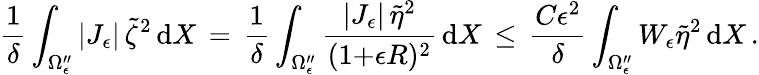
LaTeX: \frac{1}{\delta}\int_{\Omega_{\epsilon}^{\prime\prime}}|J_{\epsilon}|\, \tilde{\zeta}^{2}\, \mathrm{d}X\, =\, \frac{1}{\delta}\int_{\Omega_{\epsilon}^{\prime\prime}}\frac{|J_{\epsilon}|\, \tilde{\eta}^{2}}{(1{+}\epsilon R)^{2}}\, \mathrm{d}X\, \le\, \frac{C\epsilon^{2}}{\delta}\int_{\Omega_{\epsilon}^{\prime\prime}}W_{\epsilon}\tilde{\eta}^{2}\, \mathrm{d}X\, .